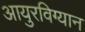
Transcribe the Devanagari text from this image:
आयुरविग्यान